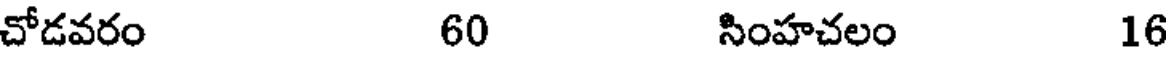
చోడవరం 60 సింహచలం 16